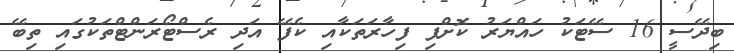
ބިދޭސީ 16 ސޭޓަކު ހައްޔަރު ކޮށްފި ފިހާރަތަކާއި ކެފޭ އަދި ރެސްޓޯރަންޓްތަކުގައި ތިބޭ